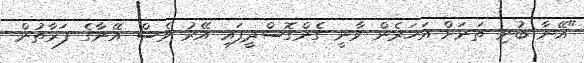
"އޭނާ ބުނި ތަނަށް އަހަރެން ވާނީ ގެންގޮސްދީފައި އޭރު ވެސް އޭނާގެ ފަރާތުން